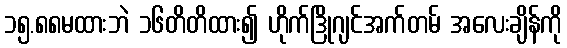
၁၅.၈၈မထားဘဲ ၁၆တိတိထား၍ ဟိုက်ဒြိုဂျင်အက်တမ် အလေးချိန်ကို